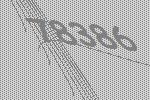
78386